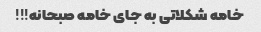
خامه شکلاتی به جای خامه صبحانه!!!